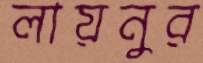
লায়নুর